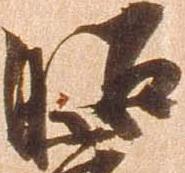
昭